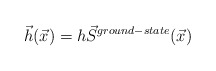
\begin{align*}\vec{h}(\vec{x}) = h \vec{S}^{ground-state}(\vec{x})\end{align*}